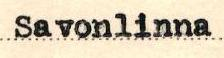
Savonlinna